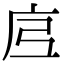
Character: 𭙗